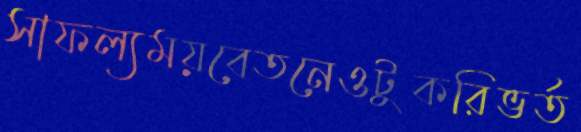
সাফল্যময়বেতনেওটুকরিভর্ত